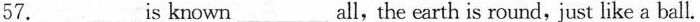
57.___is known____all,the earth is round, just like a ball.